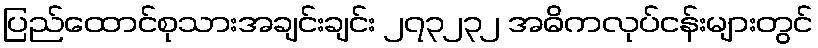
ပြည်ထောင်စုသားအချင်းချင်း ၂၇၃၂၃၂ အဓိကလုပ်ငန်းများတွင်